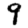
Digit: 9